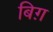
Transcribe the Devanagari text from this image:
बिग़